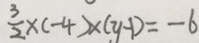
\frac { 3 } { 2 } \times ( - 4 ) \times ( y - 1 ) = - 6